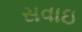
સવાઇ